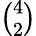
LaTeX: \textstyle{\binom{4}{2}}